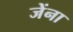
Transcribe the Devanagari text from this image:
जेंना